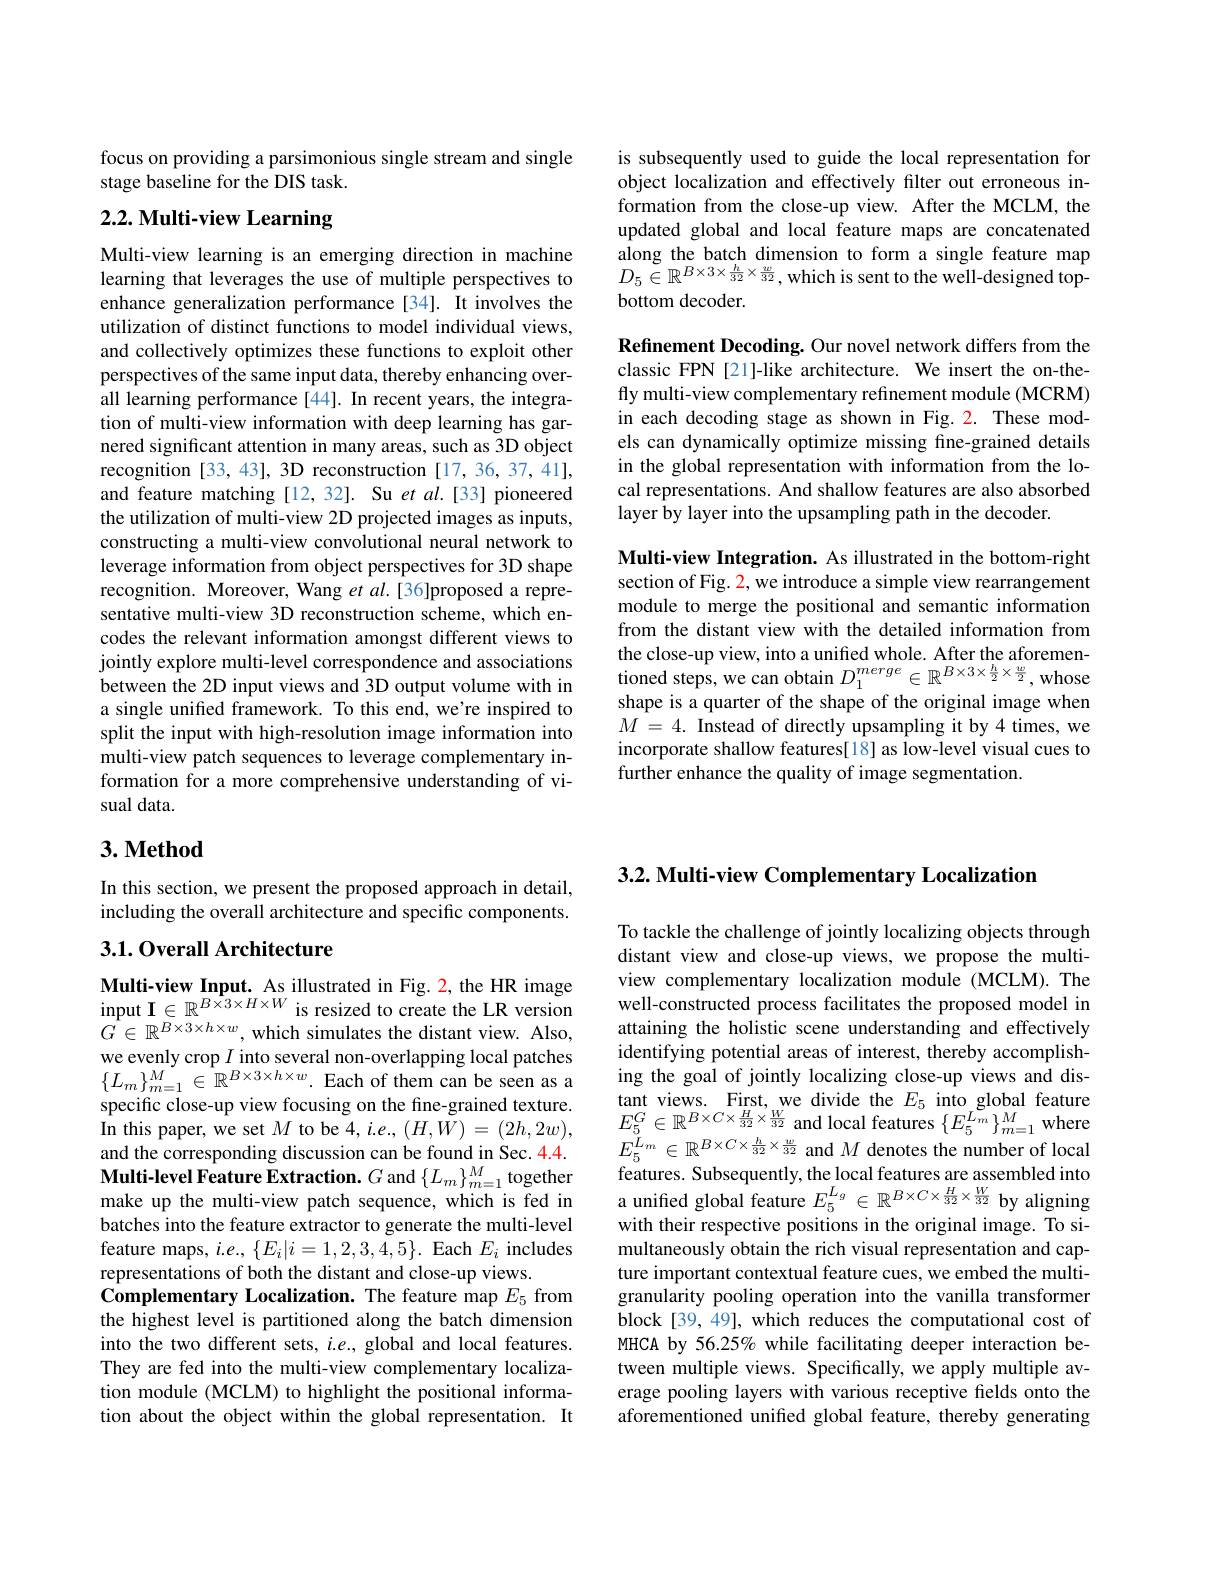
is subsequently used to guide the local representation for object localization and effectively filter out erroneous information from the close-up view. After the MCLM, the updated global and local feature maps are concatenated along the batch dimension to form a single feature map $D_5\in\mathbb{R}^{B\times3\times\frac h{32}\times\frac w{32}}$,which is sent to the well-designed topbottom decoder.

Refinement Decoding. Our novel network differs from the classic FPN [21]-like architecture. We insert the on-thefly multi-view complementary refinement module (MCRM) in each decoding stage as shown in Fig. 2. These models can dynamically optimize missing fine-grained details in the global representation with information from the local representations. And shallow features are also absorbed layer by layer into the upsampling path in the decoder.

Multi-view Integration. As illustrated in the bottom-right section of Fig. 2, we introduce a simple view rearrangement module to merge the positional and semantic information from the distant view with the detailed information from the close-up view, into a unified whole. After the aforementioned steps, we can obtain $D_1^{merge}\in\mathbb{R}^{B\times3\times\frac h2\times\frac w2}$, whose shape is a quarter of the shape of the original image when $M=4.$ Instead of directly upsampling it by 4 times, we incorporate shallow features[18] as low-level visual cues to further enhance the quality of image segmentation.

focus on providing a parsimonious single stream and single
stage baseline for the DIS task.

# 2.2. Multi-view Learning

Multi-view learning is an emerging direction in machine learning that leverages the use of multiple perspectives to enhance generalization performance[34]. It involves the utilization of distinct functions to model individual views, and collectively optimizes these functions to exploit other perspectives of the same input data, thereby enhancing overall learning performance [44]. In recent years, the integration of multi-view information with deep learning has garnered significant attention in many areas, such as 3D object recognition [33,43], 3D reconstruction [17,36,37,41], and feature matching [12,32]. Su et al.[33] pioneered the utilization of multi-view 2D projected images as inputs, constructing a multi-view convolutional neural network to leverage information from object perspectives for 3D shape recognition. Moreover, Wang et al.[36]proposed a representative multi-view 3D reconstruction scheme, which encodes the relevant information amongst different views to jointly explore multi-level correspondence and associations between the 2D input views and 3D output volume with in a single unified framework. To this end, we're inspired to split the input with high-resolution image information into multi-view patch sequences to leverage complementary information for a more comprehensive understanding of visual data.

## $3. \textbf{Method}$

In this section, we present the proposed approach in detail, including the overall architecture and specific components.

## 3.1. Overall Architecture

Multi-view Input. As illustrated in Fig. 2, the HR image input $\mathbf{I}\in\mathbb{R}^{B\times3\times H\times W}$ is resized to create the LR version $G\in\mathbb{R}^{B\times3\times h\times w}$, which simulates the distant view. Also, $\begin{array}{l}\text{we evenly crop }I\text{ into several non-overlapping local patches}\\{\{L_m\}_{m=1}^M\in\mathbb{R}^{B\times3\times h\times w}.\text{Each of them can be seen as a}}\end{array}$ specific close-up view focusing on the fine-grained texture. In this paper, we set $M$ to be 4, i.e., $(H,W)=(2h,2w)$, and the corresponding discussion can be found in Sec. 4.4. Multi-level Feature Extraction. $G$ and $\{L_m\}_{m=1}^M$ together make up the multi-view patch sequence, which is fed in batches into the feature extractor to generate the multi-level feature maps, $i.e.,\{E_i|i=1,2,3,4,5\}.$ Each $E_i$ includes representations of both the distant and close-up views.
Complementary Localization. The feature map $E_{5}$ from the highest level is partitioned along the batch dimension into the two different sets, $i.e.$, global and local features. They are fed into the multi-view complementary localization module (MCLM) to highlight the positional information about the object within the global representation. It

3.2. Multi-view Complementary Localization

To tackle the challenge of jointly localizing objects through distant view and close-up views, we propose the multiview complementary localization module (MCLM). The well-constructed process facilitates the proposed model in attaining the holistic scene understanding and effectively identifying potential areas of interest, thereby accomplishing the goal of jointly localizing close-up views and distant views. First, we divide the $E_{5}$ into global feature $E_{5}^{G}\in\mathbb{R}^{B\times C\times\frac{H}{32}\times\frac{W}{32}}$ and local features $\{E_5^{L_m}\}_{m=1}^{M}$ where $E_{5}^{{L_{m}}}\in\mathbb{R}^{B\times C\times\frac{h}{32}\times\frac{w}{32}}$ and $M$ denotes the number of local features. Subsequently, the local features are assembled into a unified global feature $E_{5}^{L_{g}}\in\mathbb{R}^{B\times C\times\frac{H}{32}\times\frac{W}{32}}$ by aligning with their respective positions in the original image. To simultaneously obtain the rich visual representation and capture important contextual feature cues, we embed the multigranularity pooling operation into the vanilla transformer block[39, 49], which reduces the computational cost of MHCA by 56.25% while facilitating deeper interaction between multiple views. Specifically, we apply multiple average pooling layers with various receptive felds onto the aforementioned unified global feature, thereby generating